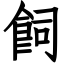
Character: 飼